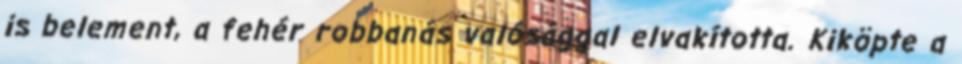
is belement, a fehér robbanás valósággal elvakította. Kiköpte a